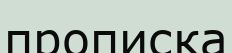
прописка